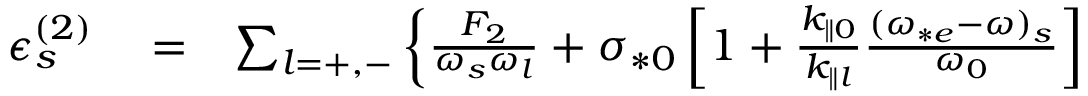
\begin{array} { r l r } { \epsilon _ { s } ^ { ( 2 ) } } & { { } = } & { \sum _ { l = + , - } \left\{ \frac { F _ { 2 } } { \omega _ { s } \omega _ { l } } + \sigma _ { * 0 } \left[ 1 + \frac { k _ { \parallel 0 } } { k _ { \parallel l } } \frac { ( \omega _ { * e } - \omega ) _ { s } } { \omega _ { 0 } } \right] \right. } \end{array}